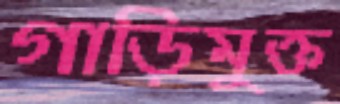
গাড়িমুক্ত